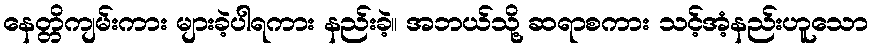
နေတ္တိကျမ်းကား များခဲ့ပါရကား နည်းခဲ့။ အဘယ်သို့ ဆရာစကား သင့်အံ့နည်းဟူသော